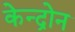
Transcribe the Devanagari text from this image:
केन्द्रोन